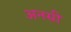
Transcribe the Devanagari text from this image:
अनसी